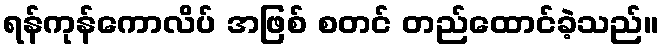
ရန်ကုန်ကောလိပ် အဖြစ် စတင် တည်ထောင်ခဲ့သည်။